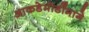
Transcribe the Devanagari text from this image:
आकडेमोडींमागे